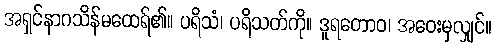
အရှင်နာဂသိန်မထေရ်၏။ ပရိသံ၊ ပရိသတ်ကို။ ဒူရတောဝ၊ အဝေးမှလျှင်။